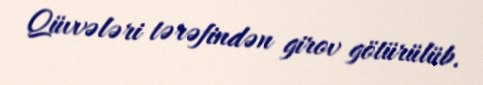
Qüvvələri tərəfindən girov götürülüb.